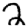
Digit: 2